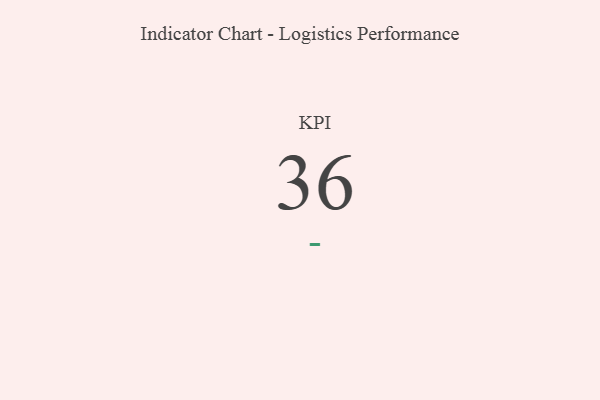
{"axis": {"x": "KPI", "y": "Value"}, "legend": [""], "data": [{"x": "KPI", "y": 36, "type": ""}]}